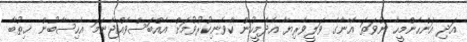
އަދި އަންހެންމީހާ ނުވަތަ އޭނާގެ ވަލީވެރިޔާ އެދެމީހުން ކާވެނިކުރުވުމަށް އެއްބަސްވެއްޖެނަމަ އެހިސާބުން ޚިޠުބާ